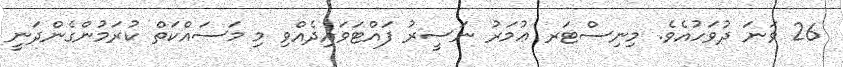
26 ވަނަ ދުވަހުއެވެ. މިނިސްޓަރ ޢުމަރު ނަސީރު ފައްޓަވައިދެއްވި މި މަސައްކަތް ކުރަމުންގެންދަނީ